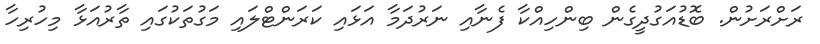
ރަށްރަށުން. ބޮޑުއަގުދީގެން ބިންހިއްކާ ފެނާއި ނަރުދަމާ އަޅައި ކަރަންޓްލައި މަގުތަކުގައި ތާރުއަޅާ މިހުރިހާ